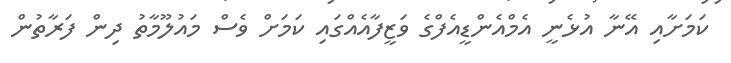
ކަމަށާއި އޭނާ އުޅެނީ އެމްއެންޑީއެފްގެ ވަޒީފާއެއްގައި ކަމަށް ވެސް މައުލޫމާތު ދިން ފަރާތުން